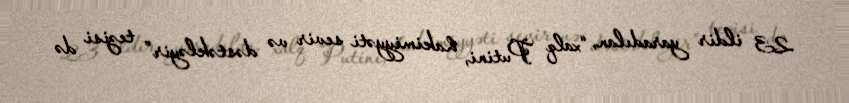
23 ildir yaradılan, “xalq Putini, hakimiyyəti sevir və dəstəkləyir” tezisi də